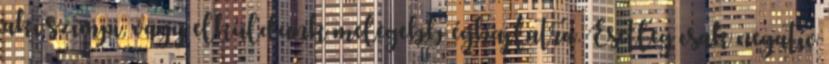
aki szimpi, vagy elküldünk melegebb éghajlatra. Esetleg csak negatív